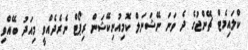
ކްލައިމެޓް ޗޭންޖުގެ ދެ ވަނަ ނޭޝަނަލް ކޮމިއުނިކޭޝަން ރިޕޯޓް ނެރެދެއްވީ މިއަދު ބޭއްވި